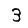
Digit: 3